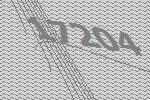
17204